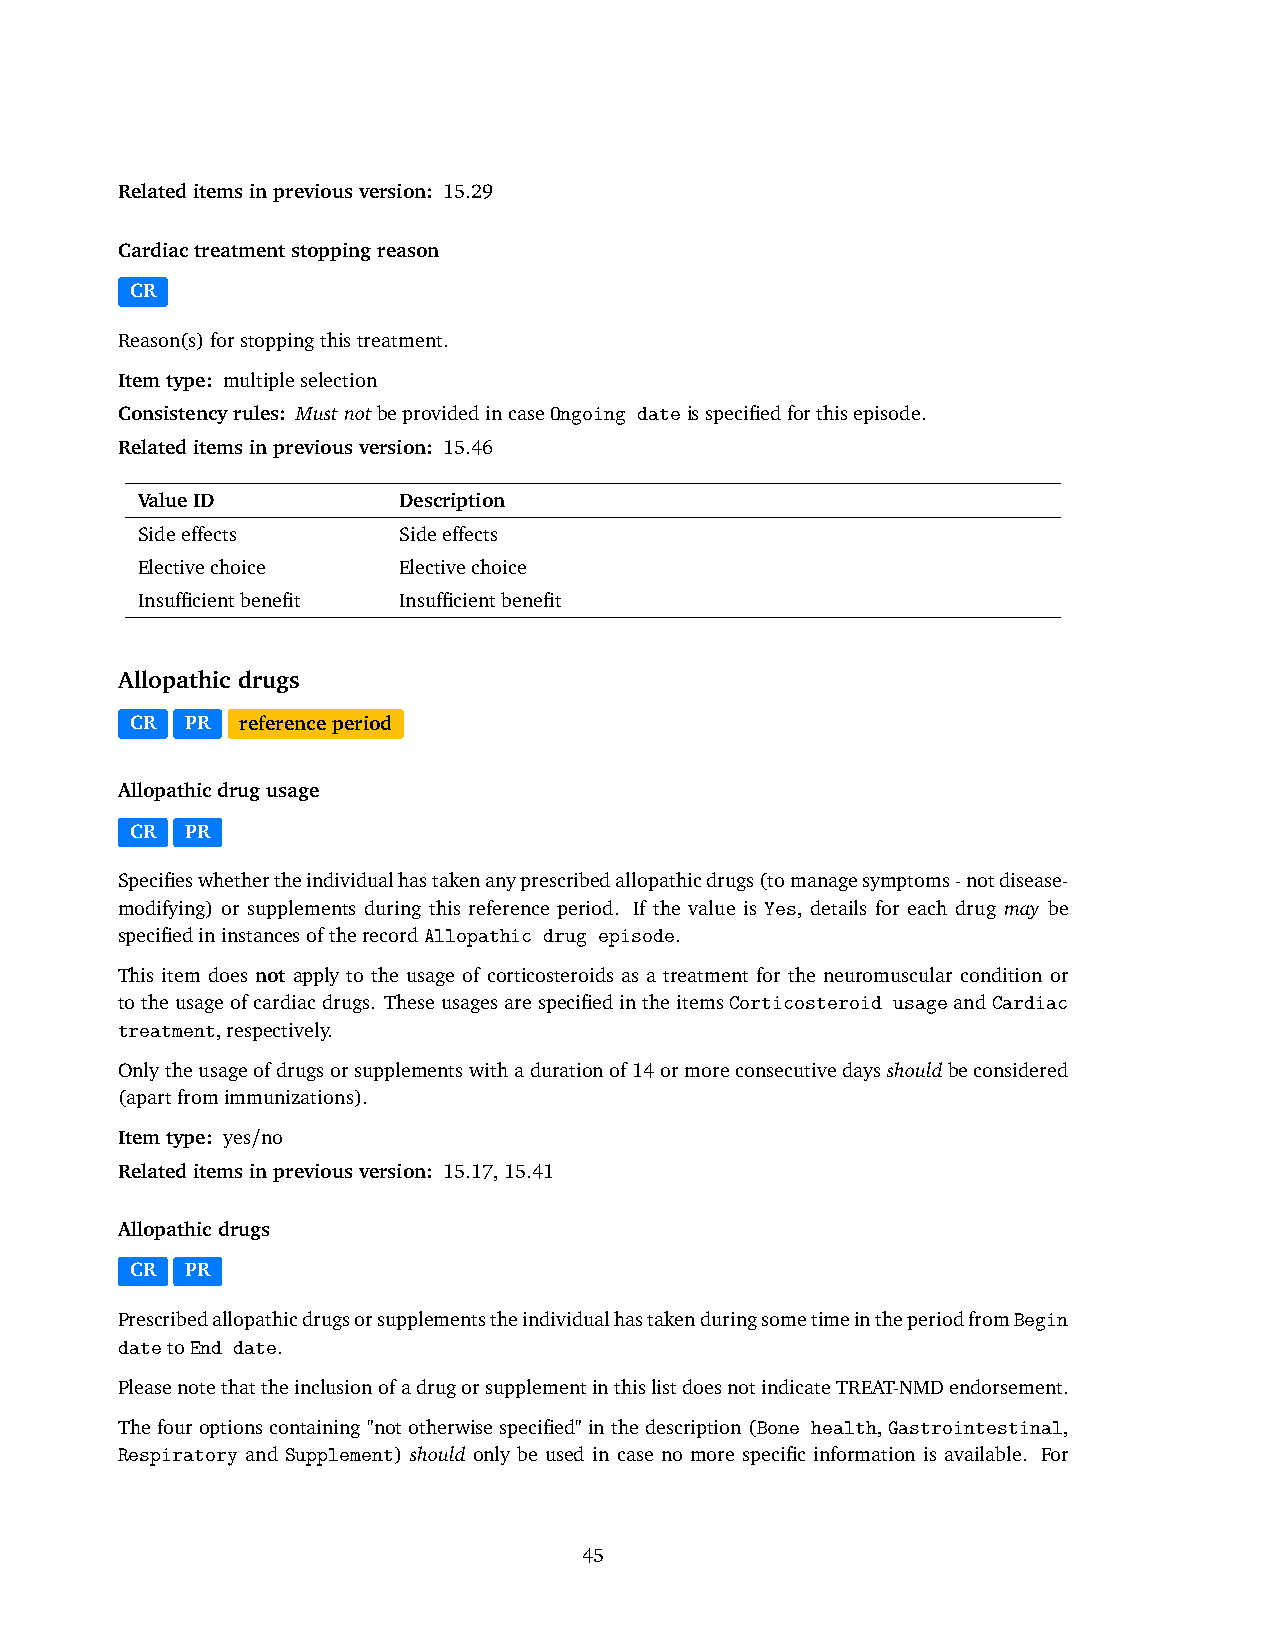
Relateditemsinpreviousversion: 15.29
 Cardiactreatmentstoppingreason
 CR
 Reason(s)forstoppingthistreatment.
 Itemtype: multipleselection
 Consistencyrules: MustnotbeprovidedincaseOngoing dateisspecifiedforthisepisode.
 Relateditemsinpreviousversion: 15.46
 ValueID          Description
 Sideeffects      Sideeffects
 Electivechoice   Electivechoice
 Insufficientbenefit Insufficientbenefit
 Allopathic drugs
 CR PR  referenceperiod
 Allopathicdrugusage
 CR PR
 Specifieswhethertheindividualhastakenanyprescribedallopathicdrugs(tomanagesymptoms-notdisease-
 modifying) or supplements during this reference period. If the value is Yes, details for each drug may be
 specifiedininstancesoftherecordAllopathic drug episode.
 This item does not apply to the usage of corticosteroids as a treatment for the neuromuscular condition or
 totheusageofcardiacdrugs. TheseusagesarespecifiedintheitemsCorticosteroid usageandCardiac
 treatment,respectively.
 Onlytheusageofdrugsorsupplementswithadurationof14ormoreconsecutivedaysshouldbeconsidered
 (apartfromimmunizations).
 Itemtype: yes/no
 Relateditemsinpreviousversion: 15.17,15.41
 Allopathicdrugs
 CR PR
 PrescribedallopathicdrugsorsupplementstheindividualhastakenduringsometimeintheperiodfromBegin
 datetoEnd date.
 PleasenotethattheinclusionofadrugorsupplementinthislistdoesnotindicateTREAT-NMDendorsement.
 Thefouroptionscontaining"nototherwisespecified"inthedescription(Bone health, Gastrointestinal,
 Respiratory and Supplement) should only be used in case no more specific information is available. For
 45